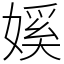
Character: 㜎